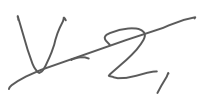
Text: V-2,
Cross-out: diagonal
Writing tool: digital_gray